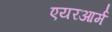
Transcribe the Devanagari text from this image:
एयरआर्म